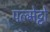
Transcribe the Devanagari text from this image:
पल्मेट्टो